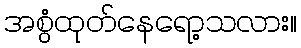
အစွံထုတ်နေရော့သလား။